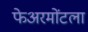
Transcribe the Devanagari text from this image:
फेअरमोंटला